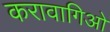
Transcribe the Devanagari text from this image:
करावागिओ